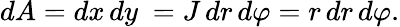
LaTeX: dA=dx\, dy\ =J\, dr\, d\varphi=r\, dr\, d\varphi.